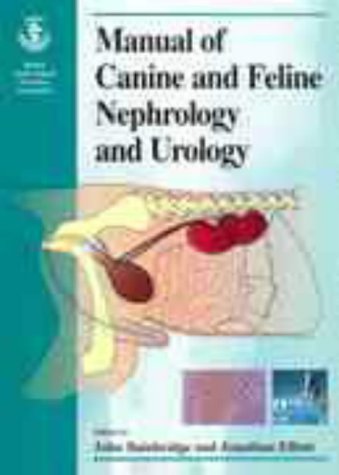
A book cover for BSAVA Manual of Canine and Feline Nephrology and Urology (BSAVA British Small Animal Veterinary Association); Medical Books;